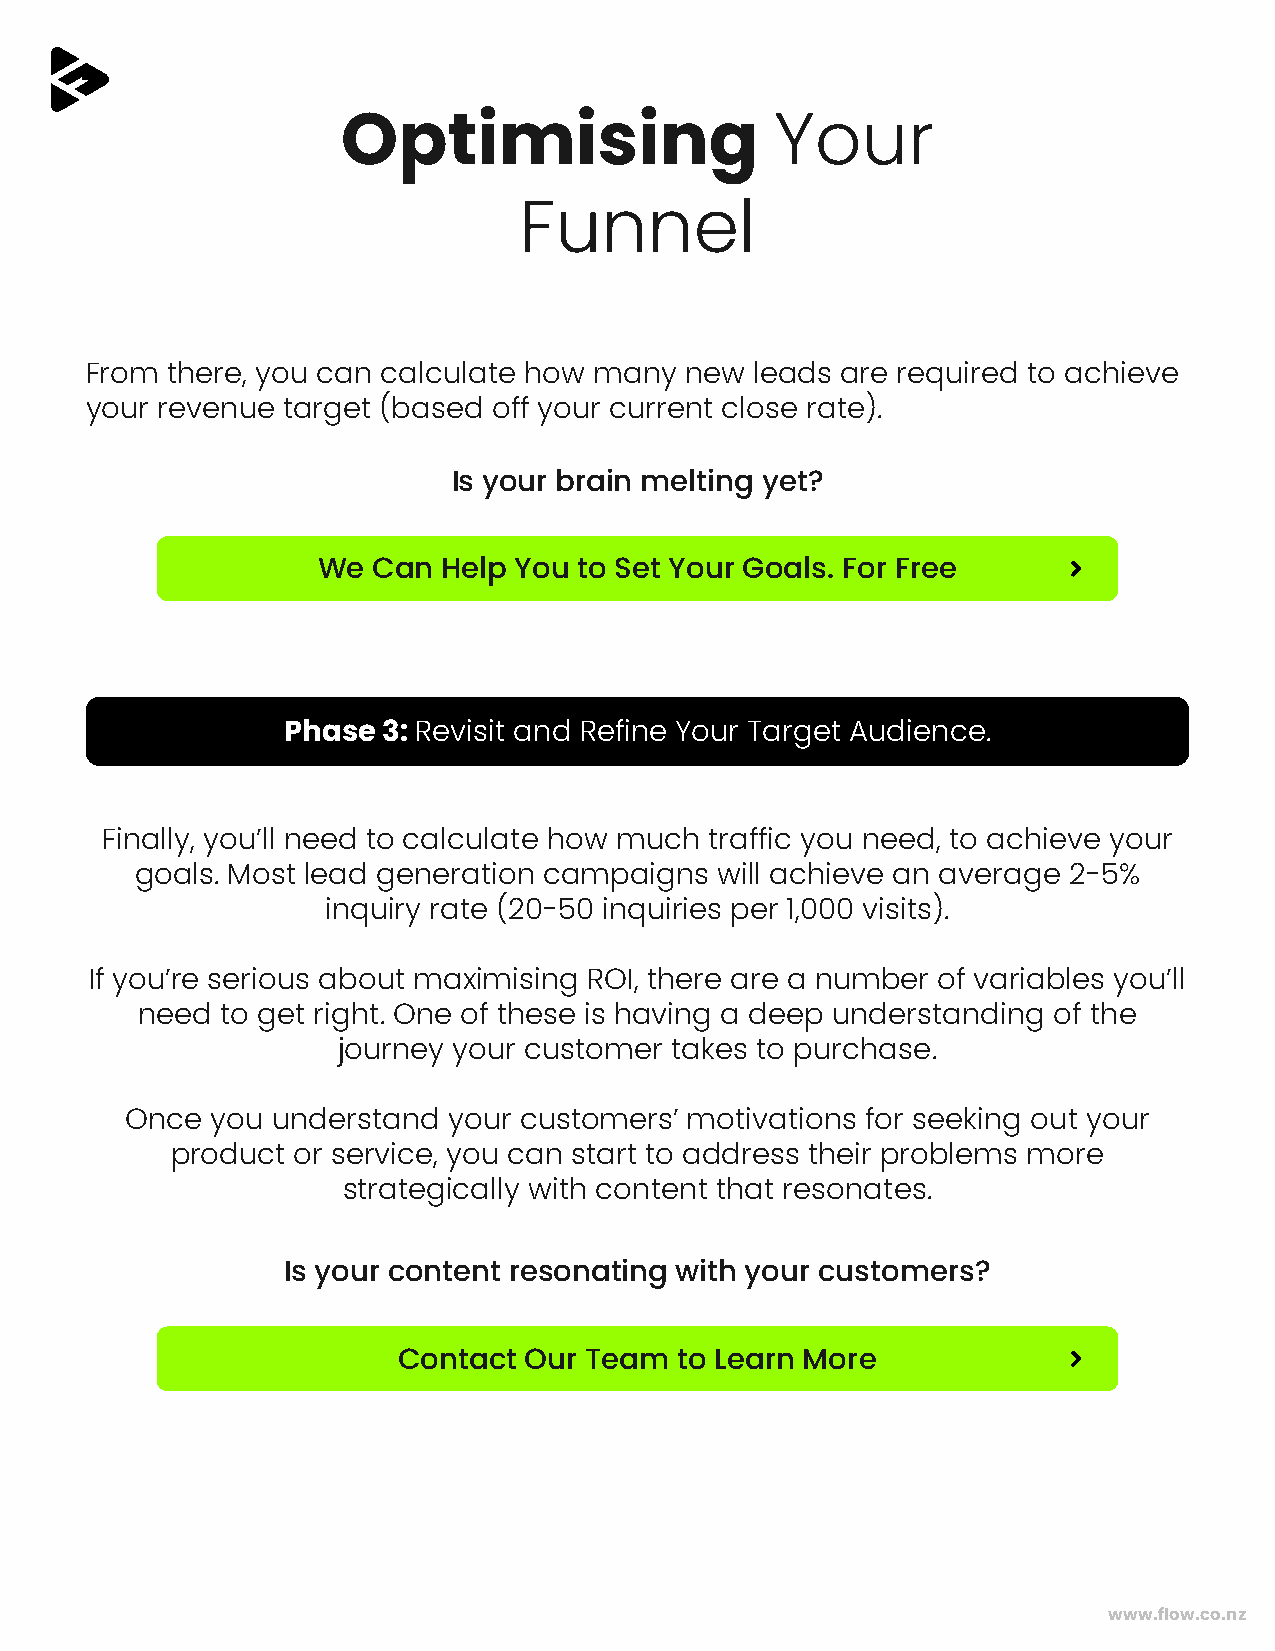
Optimising                  Your
 Funnel
 From there, you can calculate how many new  leads are required to achieve
 your revenue target (based off your current close rate).
 Is your brain melting yet?
 We  Can Help You to Set Your Goals. For Free
 Phase 3: Revisit and Refine Your Target Audience.
 Finally, you’ll need to calculate how much traffic you need, to achieve your
 goals. Most lead generation campaigns  will achieve an average 2-5%
 inquiry rate (20-50 inquiries per 1,000 visits).
 If you’re serious about maximising ROI, there are a number of variables you’ll
 need  to get right. One of these is having a deep understanding of the
 journey your customer takes to purchase.
 Once  you understand  your customers’ motivations for seeking out your
 product or service, you can start to address their problems more
 strategically with content that resonates.
 Is your content resonating with your customers?
 Contact  Our Team  to Learn More
 www.flow.co.nz